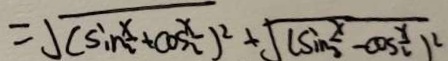
= \sqrt { ( \sin \frac { x } { 2 } + \cos \frac { x } { 2 } ) ^ { 2 } } + \sqrt { ( \sin \frac { x } { 2 } - \cos \frac { x } { 2 } ) ^ { 2 } }